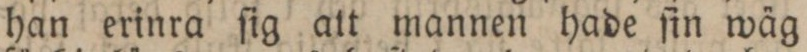
han erinra ſig att mannen hade ſin wäg